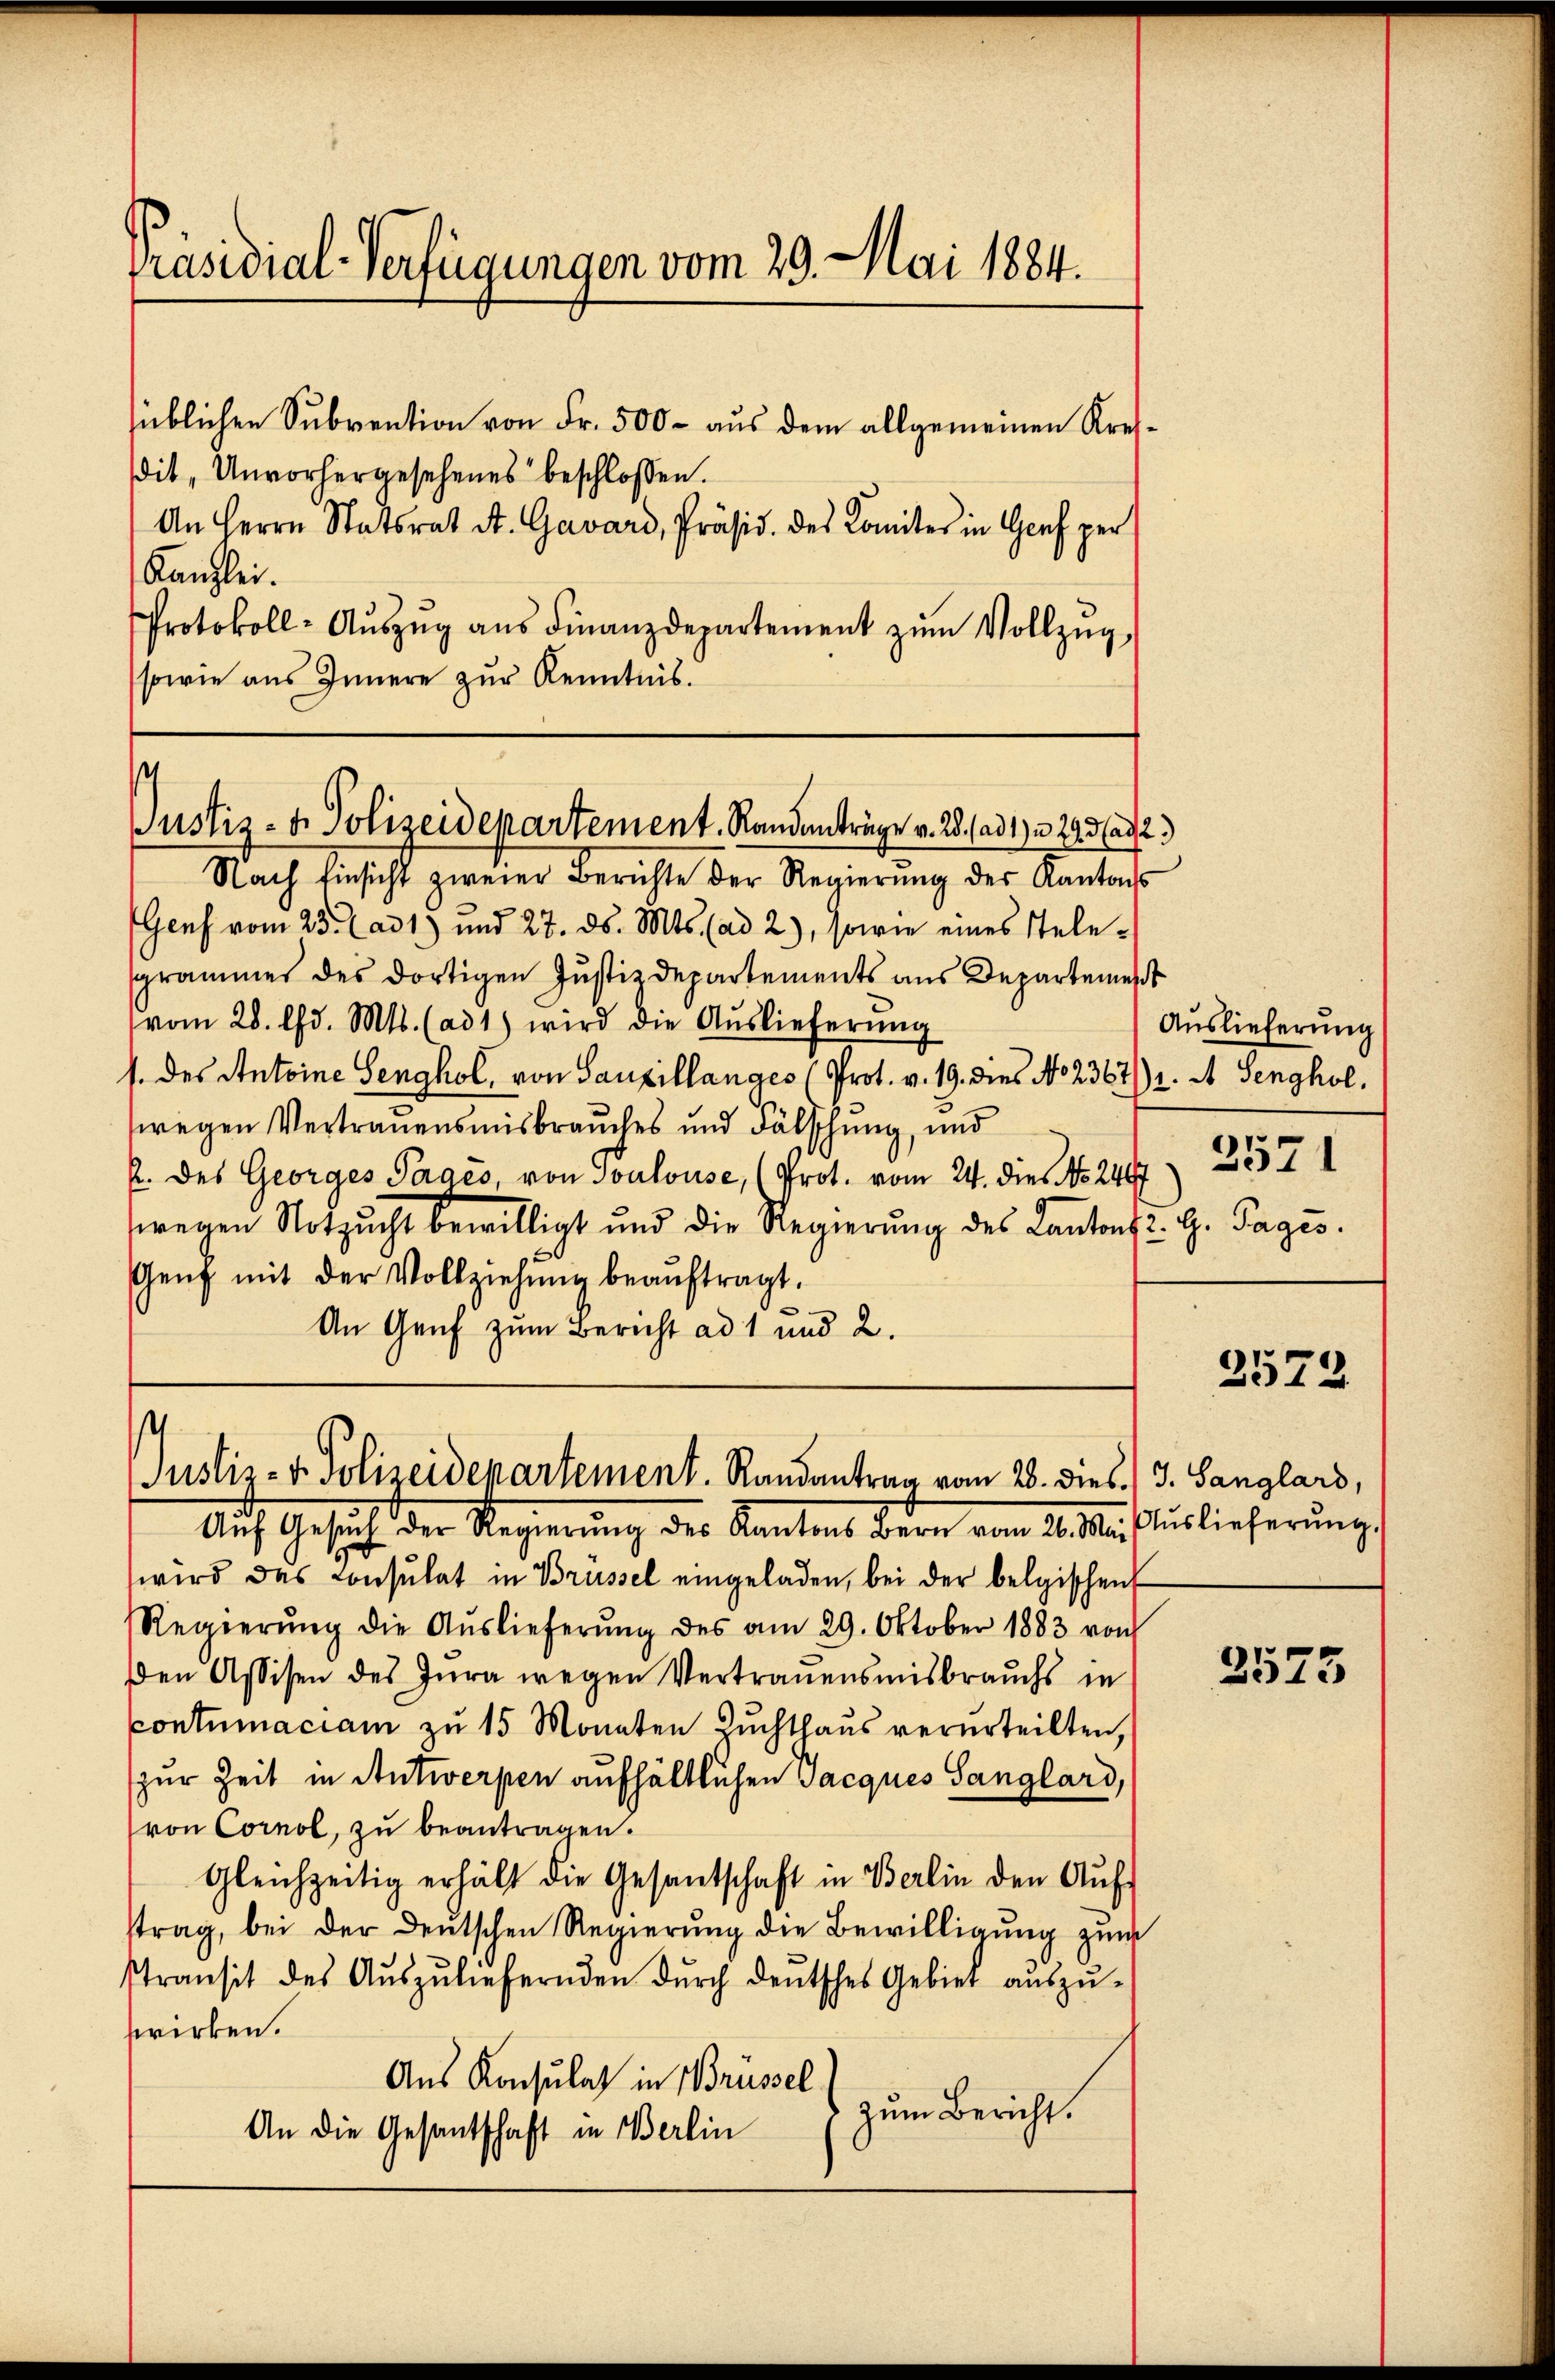
Präsidial-Verfügungen vom 29. Mai 1884.

süblichen Subvention von Fr. 500 - aus dem allgemeinen Kresdit, Unvorhergesehenes beschlossen.
An Herrn Statsrat St. Gavard, Präsid. des Comiter in Genf per
Kanzlei.
Protokoll- Aŭszŭg aŭs Finanzdepartement zŭm Vollzŭg
sowie aus Innere zur Kenntnis.
Nach Einsicht zweier Berichte der Regierung der Kantons
Genf vom 23. ad 1) und 27. ds. Mts. (ad 2.), sowie eines Stele-
sgrammes des dortigen Justizdepartements aus Departemest
vom 28. d. Mts. (ad 1) wird die Auslieferŭng
1. des Antoine Senghol, von Sauxillanges (Prot. v. 19. dies No 2367/1. t Senghol.
wegen Vertrauensmisbrauches und Fälschung, und
k. des Georges Paracs, von Soalouse, (Prot. vom 24. dies No. 247. 557
wegen Notzucht bewilligt und die Regierŭng des Kantons 2. H. Tages.
Genf mit der Vollziehung beaŭftragt.
An Genf zum Bericht ad 1 und 2.

s
Justiz- & Polizeidepartement. Randanträge v. 28. (ad 1. 243 (ad 2.)

Justiz- & Polizeidepartement. Randantrag vom 28. dies / 3. Sanglars,

Auf Gesuch der Regierŭng des Kantons Bern vom 20. M. Auslieferŭng,
wird das Consulat in Brüssel eingeladen, bei der belgischen
Regierŭng die Aŭslieferŭng des am 29. Oktober 1883 von
Den Assisen des Jura wegen Vertrauensmisbrauchs in
Contumaciam zu 15 Monaten Zuchthaus verurteilten,
zur Zeit in Antwerpen aufhältlichen Jacques Sanglard,
von Cornol, zu beantragen.
Gleichzeitig erhält die Gesantschaft in Berlin den Aŭf-
strag, bei der deutschen Regierung die Bewilligung zum
Ptransit des Aŭszŭliefernden dŭrch deŭtsches Gebiet aŭszŭ-
wirken.
Aus Konsulat in Brüssel
zum Bericht.
An die Gesantschaft in Berlin

Auslieferung

2572

2573